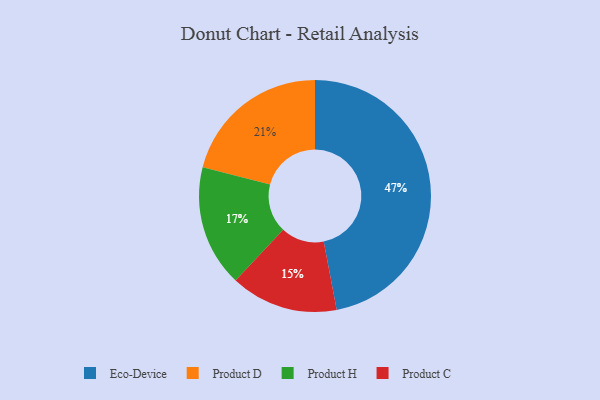
{"axis": {"x": "Category", "y": "Percentage"}, "legend": ["Eco-Device", "Product C", "Product D", "Product H"], "data": [{"x": "Product H", "y": 17, "type": "Product H"}, {"x": "Product D", "y": 21, "type": "Product D"}, {"x": "Product C", "y": 15, "type": "Product C"}, {"x": "Eco-Device", "y": 47, "type": "Eco-Device"}]}